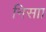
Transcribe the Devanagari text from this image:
निसाा